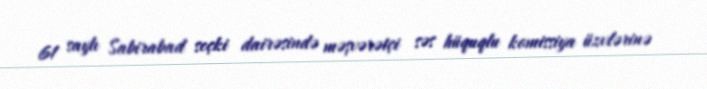
61 saylı Sabirabad seçki dairəsində məşvərətçi səs hüquqlu komissiya üzvlərinə